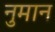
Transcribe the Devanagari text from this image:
नुमान